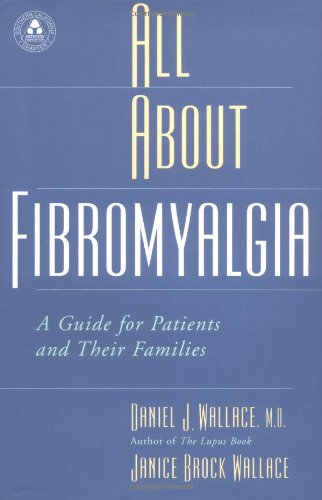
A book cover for All About Fibromyalgia: A Guide for Patients and Their Families; Daniel J. Wallace; Health, Fitness & Dieting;